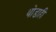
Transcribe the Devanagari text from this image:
थोडाही